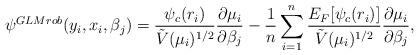
LaTeX: \begin{align*}\psi^{GLMrob} (y_i, x_i, \beta_j) = \frac{\psi_c(r_i)}{\tilde{V}(\mu_i)^{1/2}} \frac{\partial \mu_i}{\partial \beta_j} - \frac{1}{n} \sum_{i=1}^n \frac{E_{F}[\psi_c(r_i)]}{\tilde{V}(\mu_i)^{1/2}} \frac{\partial \mu_i}{\partial \beta_j},\end{align*}